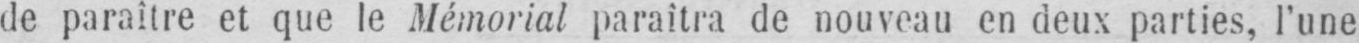
de paraître et que le Mémorial paraîtra de nouveau en deux parties, l’une